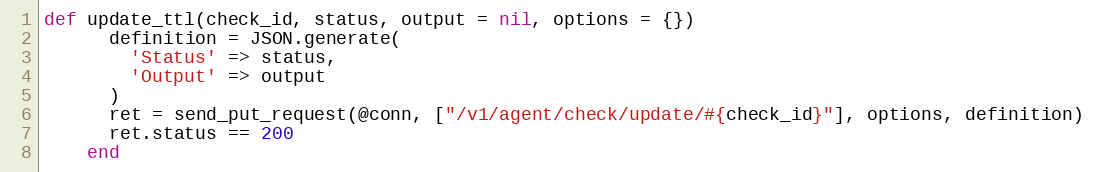
Language: Ruby
def update_ttl(check_id, status, output = nil, options = {})
      definition = JSON.generate(
        'Status' => status,
        'Output' => output
      )
      ret = send_put_request(@conn, ["/v1/agent/check/update/#{check_id}"], options, definition)
      ret.status == 200
    end